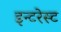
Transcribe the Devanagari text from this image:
इन्टरेस्ट